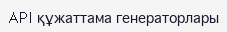
API құжаттама генераторлары